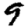
Digit: 9